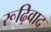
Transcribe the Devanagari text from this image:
रूढ़िवाद